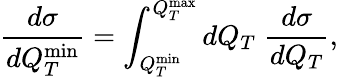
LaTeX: \frac{d\sigma}{dQ_{T}^{\operatorname*{min}}}=\int_{Q_{T}^{\operatorname*{min}}}^{Q_{T}^{\operatorname*{max}}}dQ_{T}\; \frac{d\sigma}{dQ_{T}},